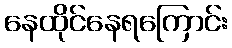
နေထိုင်နေရကြောင်း